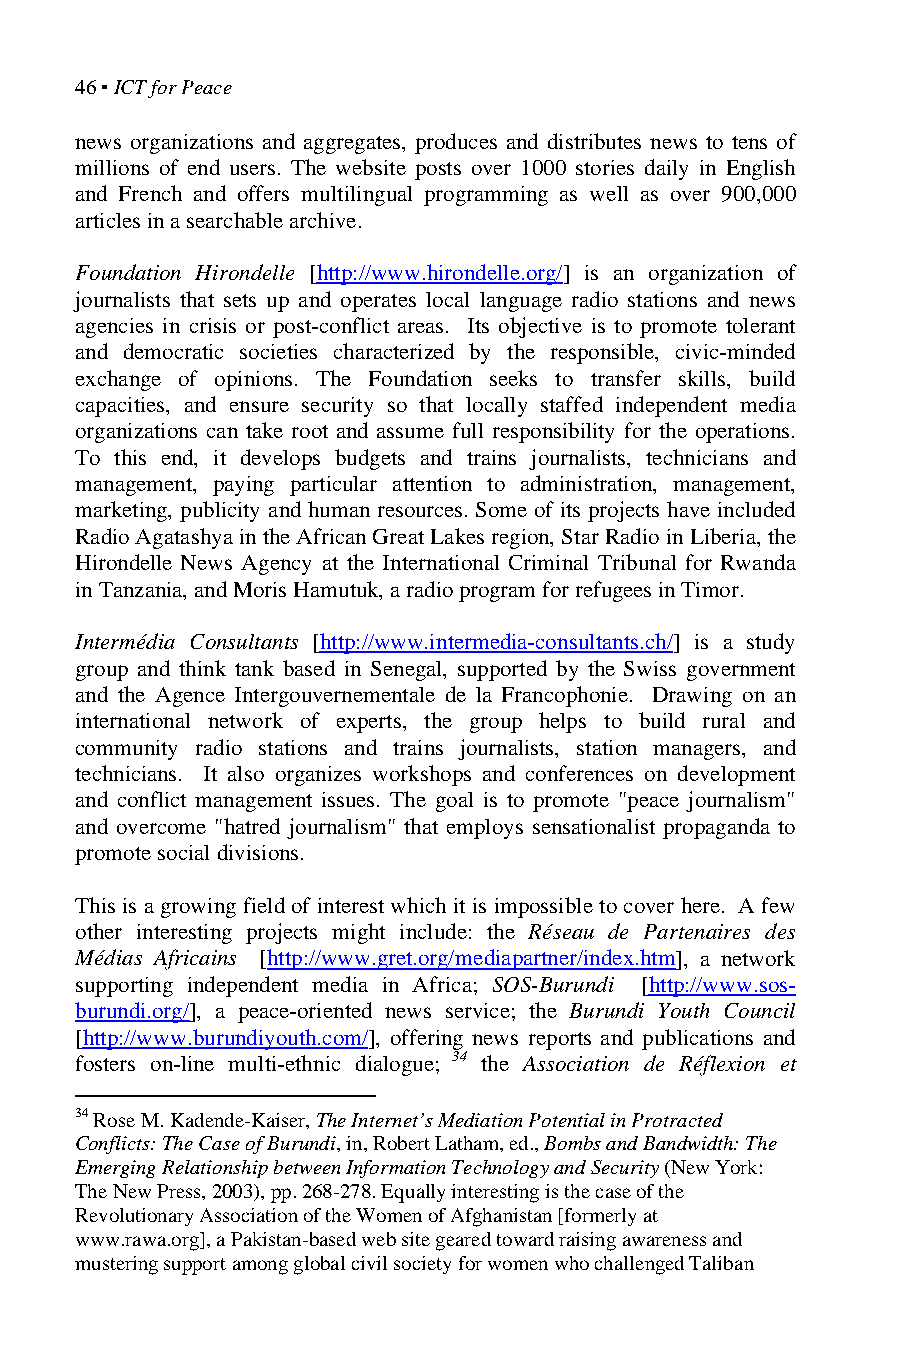
46 ▪ ICT for Peace
 news organizations and aggregates, produces and distributes news to tens of
 millions of end users. The website posts over 1000 stories daily in English
 and French and offers multilingual programming as well as over 900,000
 articles in a searchable archive.
 Foundation Hirondelle [http://www.hirondelle.org/] is an organization of
 journalists that sets up and operates local language radio stations and news
 agencies in crisis or post-conflict areas. Its objective is to promote tolerant
 and democratic societies characterized by the responsible, civic-minded
 exchange of opinions. The Foundation seeks to transfer skills, build
 capacities, and ensure security so that locally staffed independent media
 organizations can take root and assume full responsibility for the operations.
 To this end, it develops budgets and trains journalists, technicians and
 management, paying particular attention to administration, management,
 marketing, publicity and human resources. Some of its projects have included
 Radio Agatashya in the African Great Lakes region, Star Radio in Liberia, the
 Hirondelle News Agency at the International Criminal Tribunal for Rwanda
 in Tanzania, and Moris Hamutuk, a radio program for refugees in Timor.
 Intermédia Consultants [http://www.intermedia-consultants.ch/] is a study
 group and think tank based in Senegal, supported by the Swiss government
 and the Agence Intergouvernementale de la Francophonie. Drawing on an
 international network of experts, the group helps to build rural and
 community radio stations and trains journalists, station managers, and
 technicians. It also organizes workshops and conferences on development
 and conflict management issues. The goal is to promote "peace journalism"
 and overcome "hatred journalism" that employs sensationalist propaganda to
 promote social divisions.
 This is a growing field of interest which it is impossible to cover here. A few
 other interesting projects might include: the Réseau de Partenaires des
 Médias Africains [http://www.gret.org/mediapartner/index.htm], a network
 supporting independent media in Africa; SOS-Burundi [http://www.sos-
 burundi.org/], a peace-oriented news service; the Burundi Youth Council
 [http://www.burundiyouth.com/], offering news reports and publications and
 fosters on-line multi-ethnic dialogue; 34 the Association de Réflexion et
 34 Rose M. Kadende-Kaiser, The Internet’s Mediation Potential in Protracted
 Conflicts: The Case of Burundi, in, Robert Latham, ed., Bombs and Bandwidth: The
 Emerging Relationship between Information Technology and Security (New York:
 The New Press, 2003), pp. 268-278. Equally interesting is the case of the
 Revolutionary Association of the Women of Afghanistan [formerly at
 www.rawa.org], a Pakistan-based web site geared toward raising awareness and
 mustering support among global civil society for women who challenged Taliban